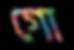
গো